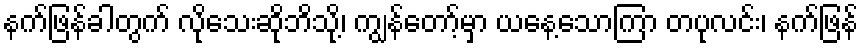
နက်ဖြန်ခါတွက် လိုသေးဆိုဘိသို့၊ ကျွန်တော့်မှာ ယနေ့သောကြာ တပုလင်း၊ နက်ဖြန်